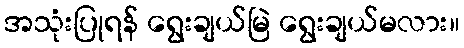
အသုံးပြုရန် ရွေးချယ်မြဲ ရွေးချယ်မလား။